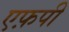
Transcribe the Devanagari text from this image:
एफ़पी